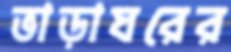
ভাড়াঘরের